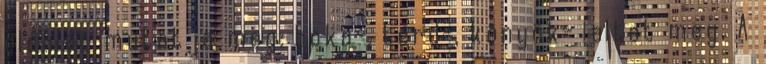
oldalát mutatja meg: boka-, térd-, könyök- laltat meg. A